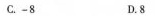
C.-8 D.8